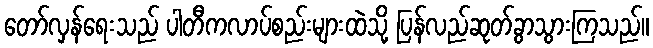
တော်လှန်ရေးသည် ပါတီကလာပ်စည်းများထဲသို့ ပြန်လည်ဆုတ်ခွာသွားကြသည်။